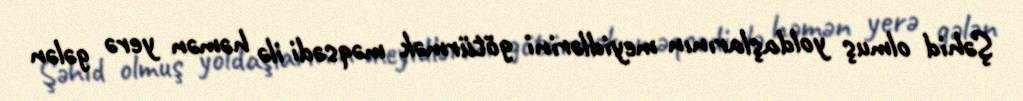
Şəhid olmuş yoldaşlarının meyidlərini götürmək məqsədi ilə həmən yerə gələn